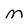
Character: M